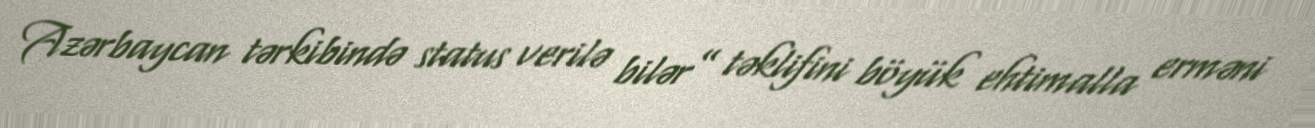
Azərbaycan tərkibində status verilə bilər” təklifini böyük ehtimalla erməni